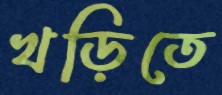
খড়িতে